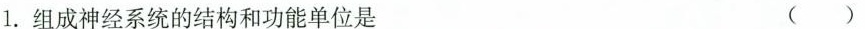
1. 组成神经系统的结构和功能单位是